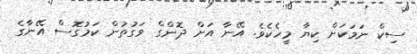
ސިކް ނަމަކަށް ކިޔާ މީހެކެވެ. އޭނާ އަށް ދޮންގް ވަގުތުން ކަމުގޮސް އޭނާގެ